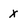
Character: x